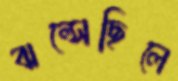
ঝল্‌সেছিলে